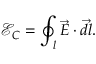
\mathcal E _ { C } = \oint _ { l } \vec { E } \cdot \vec { d l } .